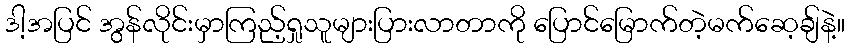
ဒါ့အပြင် အွန်လိုင်းမှာကြည့်ရှုသူများပြားလာတာကို ပြောင်မြောက်တဲ့မက်ဆေ့ချ်နဲ့။